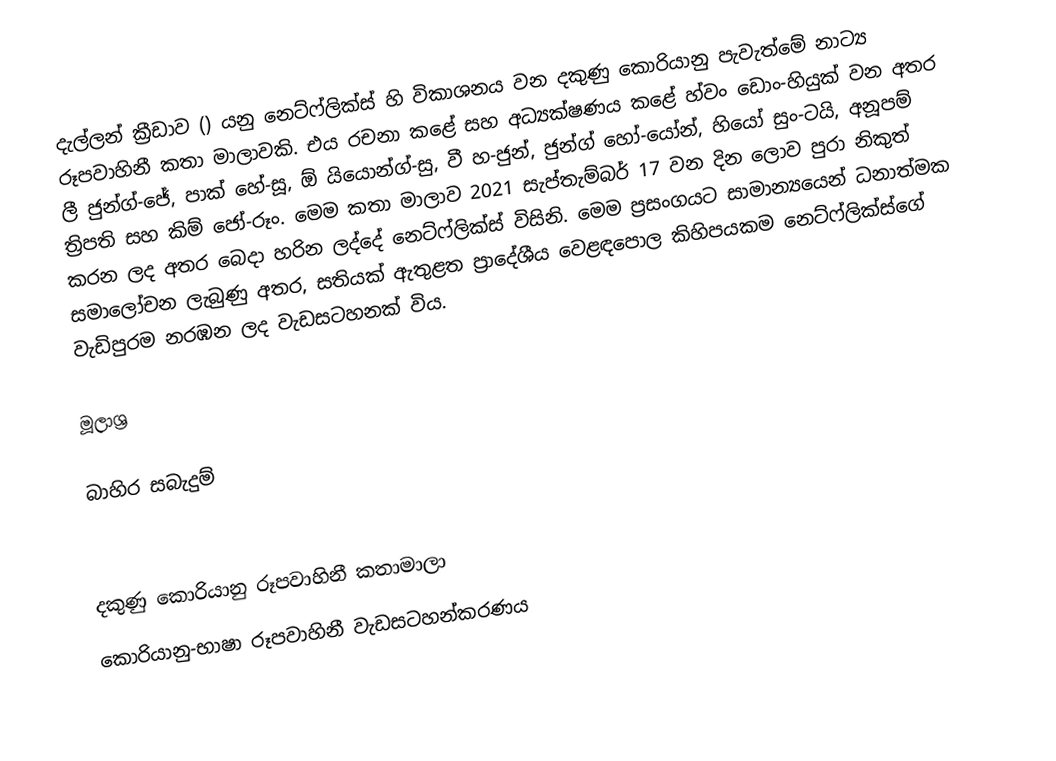
දැල්ලන් ක්‍රීඩාව () යනු නෙට්ෆ්ලික්ස් හි විකාශනය වන දකුණු කොරියානු පැවැත්මේ නාට්‍ය රූපවාහිනී කතා මාලාවකි. එය රචනා කළේ සහ අධ්‍යක්ෂණය කළේ හ්වං ඩොං-හියුක් වන අතර ලී ජුන්ග්-ජේ, පාක් හේ-සූ, ඕ යියොන්ග්-සු, වී හ-ජුන්, ජුන්ග් හෝ-යෝන්, හියෝ සුං-ටයි, අනූපම් ත්‍රිපති සහ කිම් ජෝ-රූං. මෙම කතා මාලාව 2021 සැප්තැම්බර් 17 වන දින ලොව පුරා නිකුත් කරන ලද අතර බෙදා හරින ලද්දේ නෙට්ෆ්ලික්ස් විසිනි. මෙම ප්‍රසංගයට සාමාන්‍යයෙන් ධනාත්මක සමාලෝචන ලැබුණු අතර, සතියක් ඇතුළත ප්‍රාදේශීය වෙළඳපොල කිහිපයකම නෙට්ෆ්ලික්ස්ගේ වැඩිපුරම නරඹන ලද වැඩසටහනක් විය.

මූලාශ්‍ර

බාහිර සබැදුම්

දකුණු කොරියානු රූපවාහිනී කතාමාලා
කොරියානු-භාෂා රූපවාහිනී වැඩසටහන්කරණය